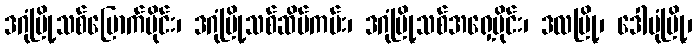
ဒဂုံမြို့သစ်မြောက်ပိုင်း၊ ဒဂုံမြို့သစ်ဆိပ်ကမ်း၊ ဒဂုံမြို့သစ်အရှေ့ပိုင်း၊ ဒလမြို့၊ ဒေါပုံမြို့၊